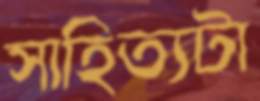
সাহিত্যটা